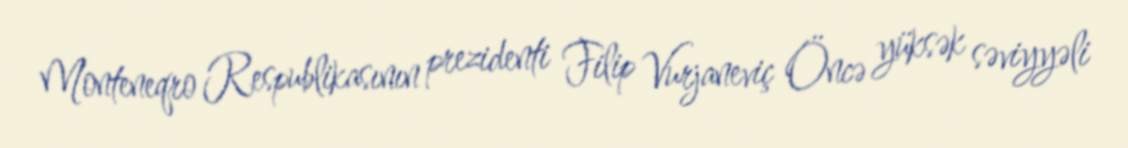
Monteneqro Respublikasının prezidenti Filip Vurjaneviç Öncə yüksək səviyyəli